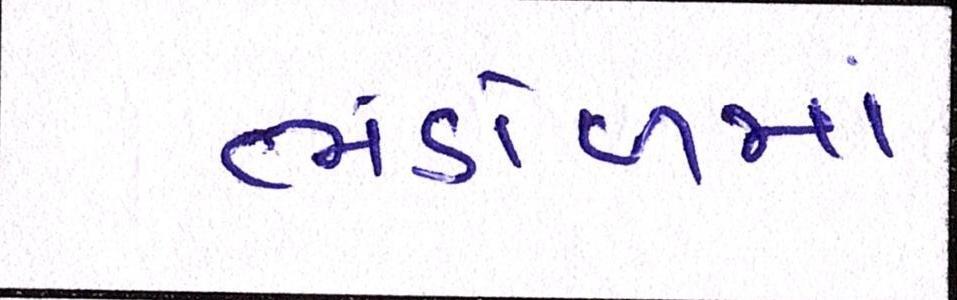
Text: ભંડોળમાં